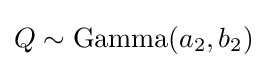
Q\sim {\text{Gamma}}(a_{2},b_{2})